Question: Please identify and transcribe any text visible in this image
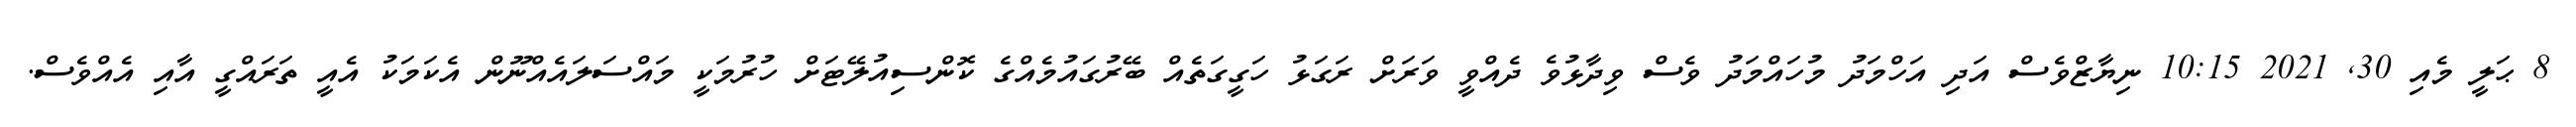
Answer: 8 ޙަލީ މެއި 30, 2021 10:15 ނިޔާޒްވެސް އަދި އަހްމަދު މުހައްމަދު ވެސް ވިދާޅުވެ ދެއްވީ ވަރަށް ރަގަޅު ހަގީގަތެއް ބޭރުގައުމެއްގެ ކޮންސިއުލޭޓަށް ހުރުމަކީ މައްސަލައެއްނޫން އެކަމަކު އެއީ ތަރައްގީ އާއި އެއްވެސް.